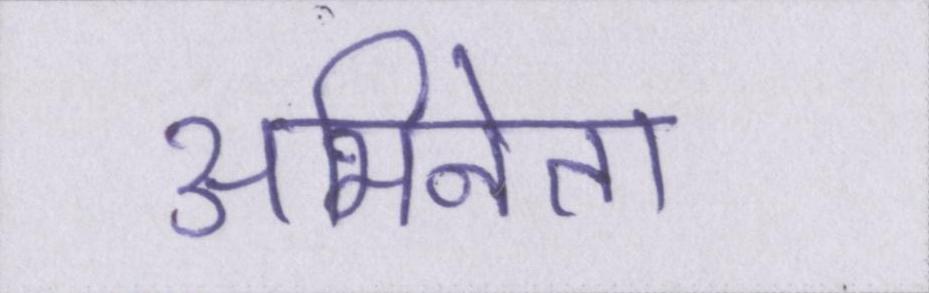
अभिनेता